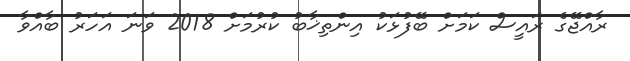
ރާއްޖޭގެ ރައީސް ކަމަށް ބޭފުޅަކު އިންތިޚާބު ކުރުމަށް 2018 ވަނަ އަހަރު ބާއްވާ